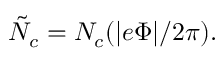
\tilde { N } _ { c } = N _ { c } ( | e \Phi | / 2 \pi ) .